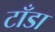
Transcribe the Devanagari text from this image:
टाँडा